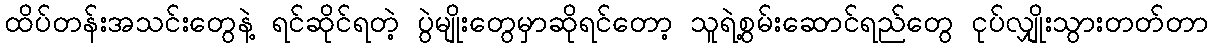
ထိပ်တန်းအသင်းတွေနဲ့ ရင်ဆိုင်ရတဲ့ ပွဲမျိုးတွေမှာဆိုရင်တော့ သူရဲ့စွမ်းဆောင်ရည်တွေ ငုပ်လျှိုးသွားတတ်တာ